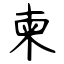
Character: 柬